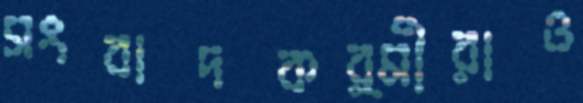
সংবাদকর্মীরাও